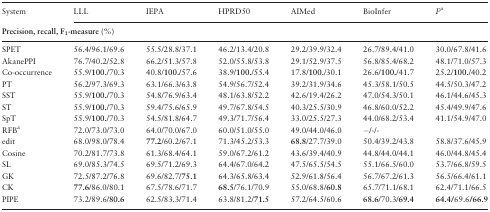
<table><thead><tr><td><b>System</b></td><td><b>LLL</b></td><td><b>IEPA</b></td><td><b>HPRD50</b></td><td><b>AIMed</b></td><td><b>BioInfer</b></td><td><b><i>F<sup>μ</sup></i></b></td></tr><tr><td colspan="7"><b>Precision,recall, F<sub>1</sub>-measure (%)</b></td></tr></thead><tbody><tr><td>SPET</td><td>56.4/96.1/69.6</td><td>55.5/28.8/37.1</td><td>46.2/13.4/20.8</td><td>29.2/39.9/32.4</td><td>26.7/89.4/41.0</td><td>30.0/67.8/41.6</td></tr><tr><td>AkanePPI</td><td>76.7/40.2/52.8</td><td>66.2/51.3/57.8</td><td>52.0/55.8/53.8</td><td>29.1/52.9/37.5</td><td>56.8/85.4/68.2</td><td>48.1/71.0/57.3</td></tr><tr><td>Co-occurrence</td><td>55.9/<b>100.</b>/70.3</td><td>40.8/<b>100.</b>/57.6</td><td>38.9/<b>100.</b>/55.4</td><td>17.8/<b>100.</b>/30.1</td><td>26.6/<b>100.</b>/41.7</td><td>25.2/<b>100.</b>/40.2</td></tr><tr><td>PT</td><td>56.2/97.3/69.3</td><td>63.1/66.3/63.8</td><td>54.9/56.7/52.4</td><td>39.2/31.9/34.6</td><td>45.3/58.1/50.5</td><td>44.5/50.3/47.2</td></tr><tr><td>SST</td><td>55.9/<b>100.</b>/70.3</td><td>54.8/76.9/63.4</td><td>48.1/63.8/52.2</td><td>42.6/19.4/26.2</td><td>47.0/54.3/50.1</td><td>46.1/44.6/45.3</td></tr><tr><td>ST</td><td>55.9/<b>100.</b>/70.3</td><td>59.4/75.6/65.9</td><td>49.7/67.8/54.5</td><td>40.3/25.5/30.9</td><td>46.8/60.0/52.2</td><td>45.4/49.9/47.6</td></tr><tr><td>SpT</td><td>55.9/<b>100.</b>/70.3</td><td>54.5/81.8/64.7</td><td>49.3/71.7/56.4</td><td>33.0/25.5/27.3</td><td>44.0/68.2/53.4</td><td>41.1/54.9/47.0</td></tr><tr><td>RFB<sup>a</sup></td><td>72.0/73.0/73.0</td><td>64.0/70.0/67.0</td><td>60.0/51.0/55.0</td><td>49.0/44.0/46.0</td><td>−/-/-</td><td></td></tr><tr><td>edit</td><td>68.0/98.0/78.4</td><td><b>77.2</b>/60.2/67.1</td><td>71.3/45.2/53.3</td><td><b>68.8</b>/27.7/39.0</td><td>50.4/39.2/43.8</td><td>58.8/37.6/45.9</td></tr><tr><td>Cosine</td><td>70.2/81.7/73.8</td><td>61.3/68.4/64.1</td><td>59.0/67.2/61.2</td><td>43.6/39.4/40.9</td><td>44.8/44.0/44.1</td><td>46.0/44.8/45.4</td></tr><tr><td>SL</td><td>69.0/85.3/74.5</td><td>69.5/71.2/69.3</td><td>64.4/67.0/64.2</td><td>47.5/65.5/54.5</td><td>55.1/66.5/60.0</td><td>53.7/66.8/59.5</td></tr><tr><td>GK</td><td>72.5/87.2/76.8</td><td>69.6/82.7/<b>75.1</b></td><td>64.3/65.8/63.4</td><td>52.9/61.8/56.4</td><td>56.7/67.2/61.3</td><td>56.5/66.4/61.1</td></tr><tr><td>CK</td><td><b>77.6</b>/86.0/80.1</td><td>67.5/78.6/71.7</td><td><b>68.5</b>/76.1/70.9</td><td>55.0/68.8/<b>60.8</b></td><td>65.7/71.1/68.1</td><td>62.4/71.1/66.5</td></tr><tr><td>PIPE</td><td>73.2/89.6/<b>80.6</b></td><td>62.5/83.3/71.4</td><td>63.8/81.2/<b>71.5</b></td><td>57.2/64.5/60.6</td><td><b>68.6</b>/70.3/<b>69.4</b></td><td><b>64.4/</b>69.6<b>/66.9</b></td></tr></tbody></table>